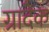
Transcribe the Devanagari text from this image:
ग्रादेक